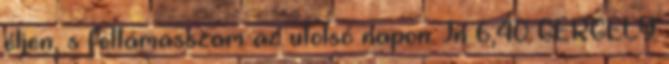
éljen, s feltámasszam az utolsó napon. Jn 6,40 GERGELY